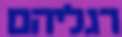
רגליהם